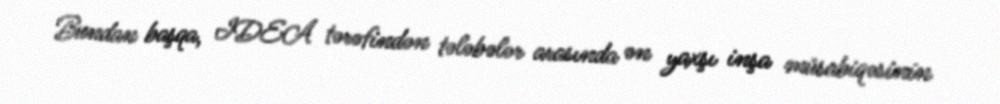
Bundan başqa, IDEA tərəfindən tələbələr arasında ən yaxşı inşa müsabiqəsinin